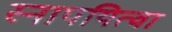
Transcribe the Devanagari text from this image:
स्नापयित्वा